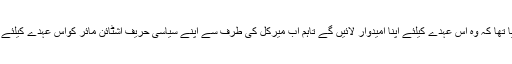
قبل ازیں میرکل کیمپ کی طرف سے عندیہ دیا گیا تھا کہ وہ اس عہدے کیلئے اپنا امیدوار لائیں گے تاہم اب میرکل کی طرف سے اپنے سیاسی حریف اشٹائن مائر کواس عہدے کیلئے بطور امیدوار تسلیم کرنے کا یہ اعلان سامنے آیا ۔